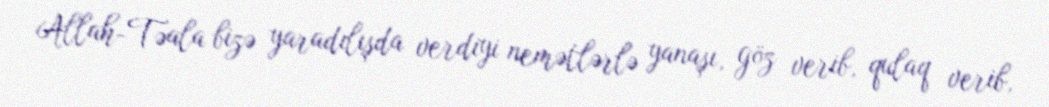
Allah-Təala bizə yaradılışda verdiyi nemətlərlə yanaşı, göz verib, qulaq verib,